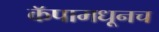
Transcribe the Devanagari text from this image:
कॅपामधूनच